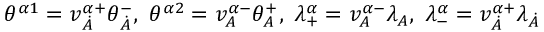
\theta ^ { \alpha 1 } = v _ { \dot { A } } ^ { \alpha + } \theta _ { \dot { A } } ^ { - } , \ \theta ^ { \alpha 2 } = v _ { A } ^ { \alpha - } \theta _ { A } ^ { + } , \ \lambda _ { + } ^ { \alpha } = v _ { A } ^ { \alpha - } \lambda _ { A } , \ \lambda _ { - } ^ { \alpha } = v _ { \dot { A } } ^ { \alpha + } \lambda _ { \dot { A } }